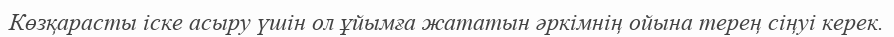
Көзқарасты іске асыру үшін ол ұйымға жататын әркімнің ойына терең сіңуі керек.